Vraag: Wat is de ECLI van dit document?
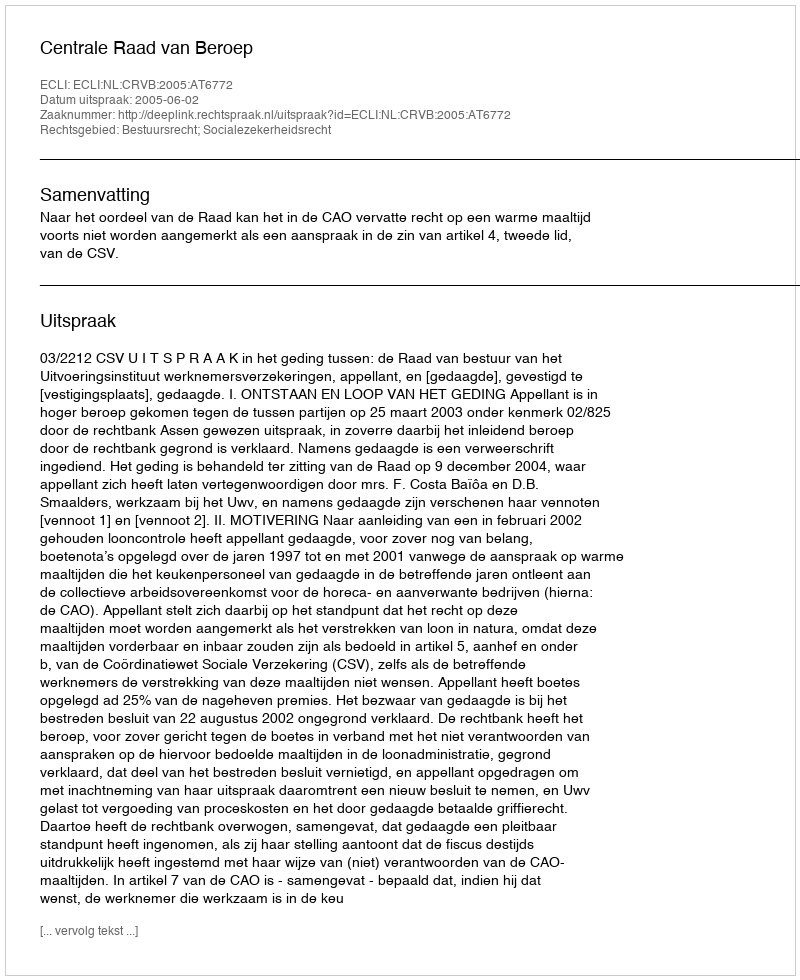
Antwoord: ECLI:NL:CRVB:2005:AT6772